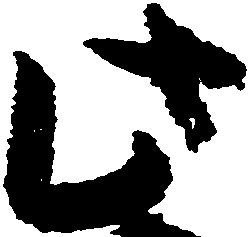
此